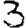
Digit: 3